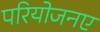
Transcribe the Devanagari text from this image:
परियोजनए